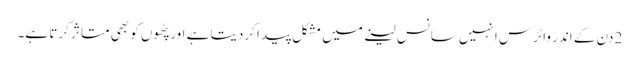
2 دن کے اندر وائرس انہیں سانس لینے میں مشکل پیدا کردیتا ہے اور پٹھوں کو بھی متاثر کرتا ہے۔